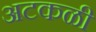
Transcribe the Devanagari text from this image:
अटकळी